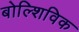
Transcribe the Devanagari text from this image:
बोल्शिविक